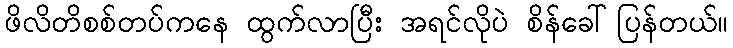
ဖိလိတိစစ်တပ်ကနေ ထွက်လာပြီး အရင်လိုပဲ စိန်ခေါ်ပြန်တယ်။